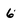
Character: 6